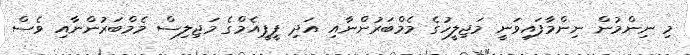
މި ނިންމުން ނިންމާފައިވަނީ މަޖިލީހުގެ މެމްބަރުންނާއި އަދި ޕީޕީއެމްގެ މަޖިލިސް މެމްބަރުންނާއި ވެސް